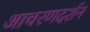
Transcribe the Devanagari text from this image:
आचरणदर्शन